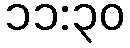
၁၁:၃၀